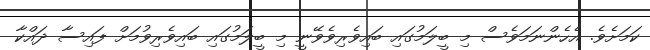
ކަމަށެވެ. އެހެންނަމަވެސް މި ބީލަމުގައި ބައިވެރިވެވޭނީ މި ބީލަމުގައި ބައިވެރިވުމަށް ފައިސާ ދައްކާ